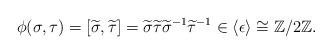
LaTeX: \begin{align*}\phi(\sigma, \tau) = [\widetilde \sigma, \widetilde \tau] = \widetilde \sigma \widetilde \tau {\widetilde \sigma}^{-1} {\widetilde \tau}^{-1} \in \langle \epsilon \rangle \cong \mathbb Z/ 2 \mathbb Z.\end{align*}